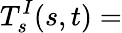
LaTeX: T_{s}^{I}(s,t)=